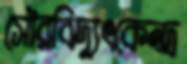
সৌরবিদ্যুৎকেন্দ্র